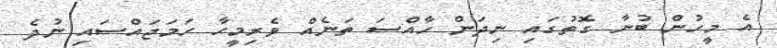
އެ މީހުން ބުނާ ގޮތުގައި ނިދަން ހާއްސަ ތަނެއް ވެރިމީހާ ހަމަޖައްސައި ނުދެ